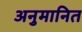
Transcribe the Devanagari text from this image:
अनुमानित